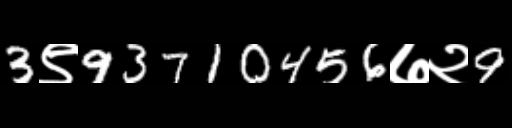
Text: 3९93710456७२9